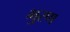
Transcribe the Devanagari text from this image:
भुरण